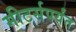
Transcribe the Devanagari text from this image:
मीटर्सपर्यंत